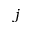
j